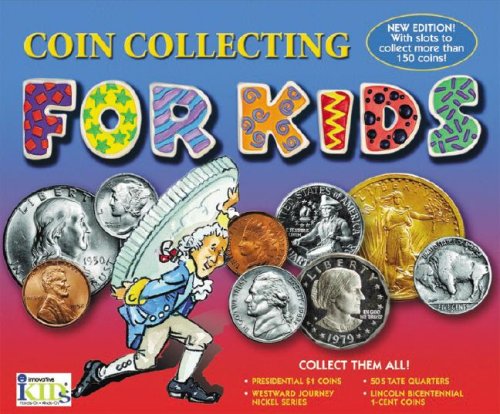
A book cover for COIN COLLECTING FOR KIDS; Steve Otfinoski; Children's Books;